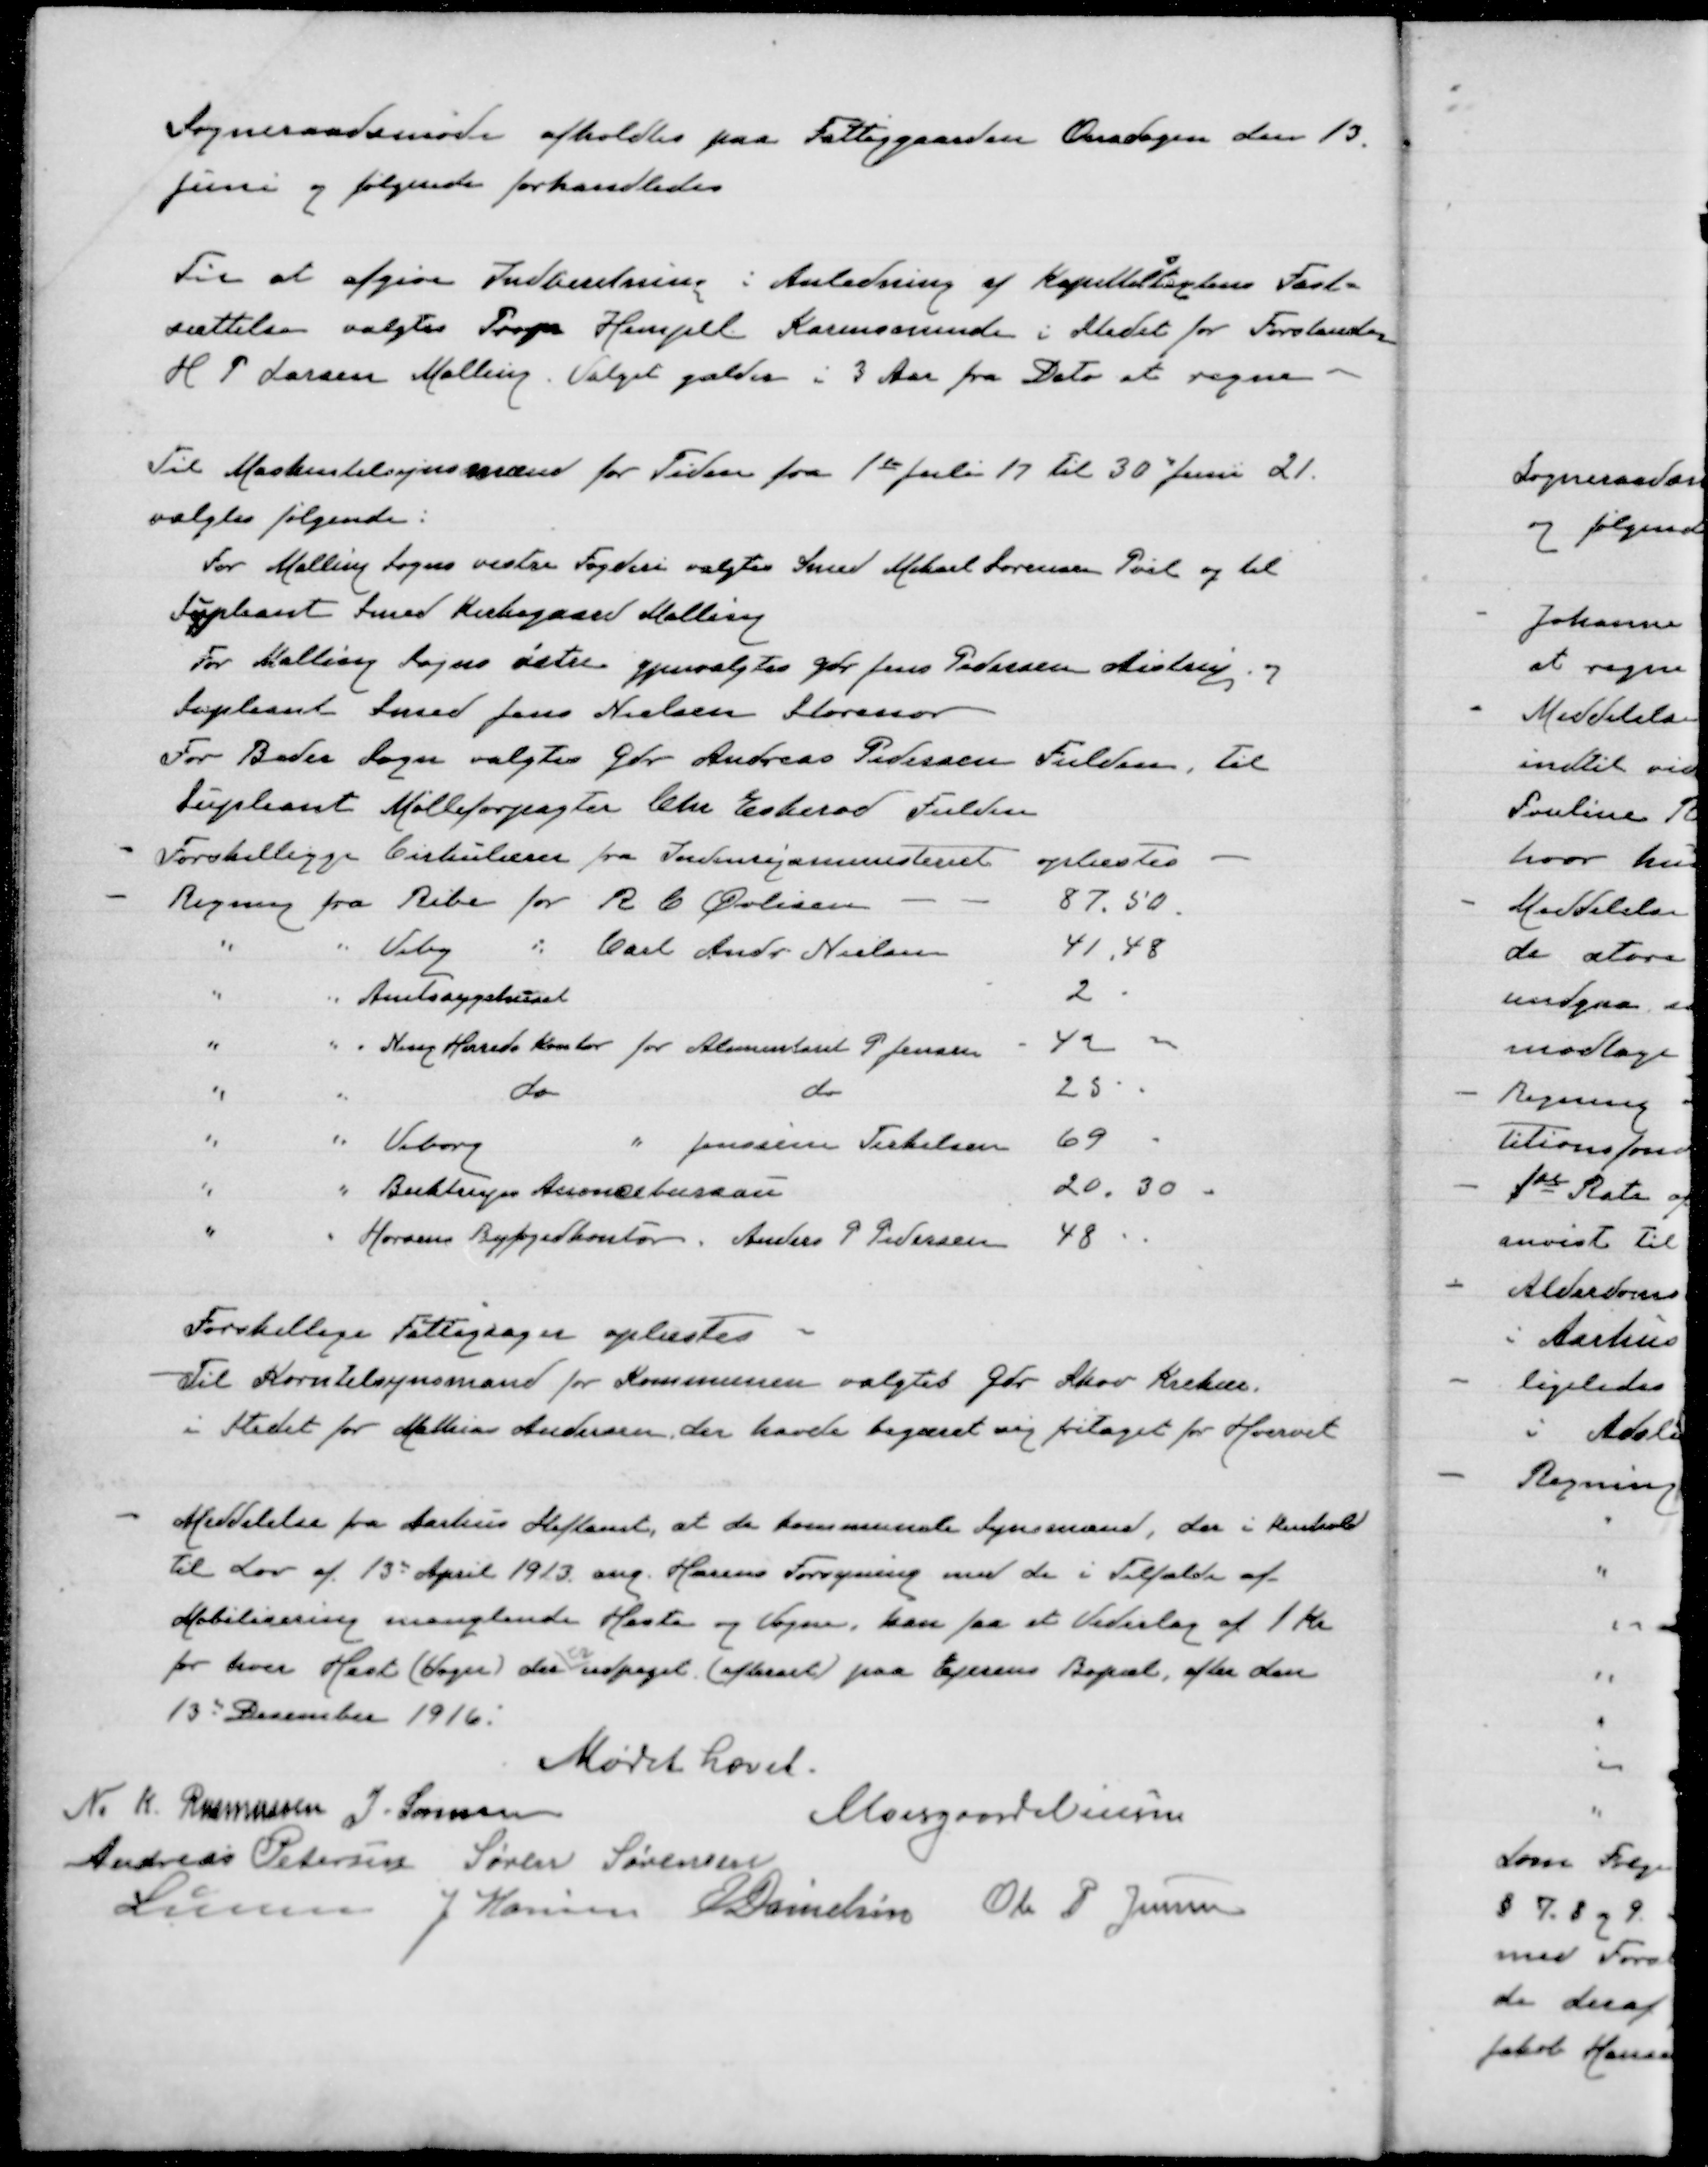
Transskription:
Sogneraadsmøde afholdtes paa Fattiggaarden Onsdagen den 13.
Juni og følgende forhandledes
Til at afgøre Indberetning i Anledning af Kapittallingens Fast-
sættelse valgtes Prop Hempel Karensminde i Stedet for Forstander
H P Larsen Malling. Valget gælder i 3 Aar fra Dato at regne.
Til Maskintilsynsmænd for Tiden fra 1ste Juli 17 til 30 Juni 21.
valgtes følgende:
For Malling Sogn vestre Fogderi valgtes Smed Michael Sørensen Pøel og til
Supleant Smed Kirkegaard Malling.
For Malling Sogns øster gjenvalgtes gdr Jens Pedersen Aistrup og
Supleant Smed Jens Nielsen Storenor
For Beder Sogn valgtes Gdr Andreas Pedersen Fulden, til
Supleant Mølleforpagter Chr. Eskerod Fulden

Forskellige Cirkulærer fra Indenrigsministeriet oplæstes
Regning fra Ribe for R C Øvlisen
87,50
"
" Viby
Carl Anders Nielsen
41,48
"
" Amtssygehuset
2
"
" Ning Herreds Kontor for Alumenstant P Jensen - 42
"
"
do
do
25
"
" Viborg
"
Jensine Terkelsen 69
"
" Buktrups Annoncebureau
20,30
"
" Horsens Byfogedkontor. Anders P Pedersen 48

Forskellige Fattigsager oplæstes
Til Korntilsynsmand for Kommunen valgtes Gdr. Skov Krekær
i Stedet for Matthias Andersen, der havde begæret sig fritaget for Hvervet.

Meddelelse fra Aarhus Stiftsamt at de kommende Synsmænd der i Henhold
til Lov af 13de. April 1913 ang Hærens Forsyning med de i Tilfælde af
Mobilisering manglende Heste og Vogne kan faa et Vederlag af 1 Kr
for hver Hest (Vogn) der er udpeget (afhentet) paa Ejerens Bopæl efter den
13de December 1916.
Mødet hævet.

N. K. Rasmussen J Sørensen
Moesgaard Nielsen
Andreas Petersen Søren Sørensen
Lunn J Hansen E Danielsen
Ole P Jensen